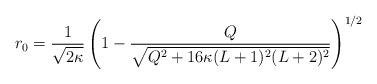
LaTeX: \begin{align*} r_0 = \frac{1}{\sqrt{2\kappa}} \left(1 - \frac{Q}{\sqrt{Q^2 + 16\kappa (L+1)^2 (L+2)^2}}\right)^{1/2}\end{align*}